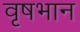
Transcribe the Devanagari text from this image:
वृषभान